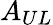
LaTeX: A_{UL}